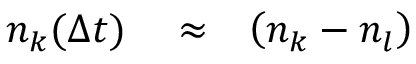
\begin{array} { r l r } { n _ { k } ( \Delta t ) } & { { } \approx } & { \left( n _ { k } - n _ { l } \right) } \end{array}